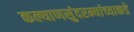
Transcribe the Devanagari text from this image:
कल्याणसुंदरम्यांच्याकडे